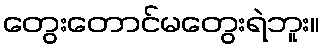
တွေးတောင်မတွေးရဲဘူး။